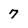
Character: 7